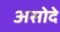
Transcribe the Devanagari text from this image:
असोदे